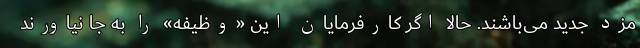
مزد جدید می‌باشند. حالا اگر کارفرمایان این «وظیفه» را به جا نیاورند